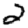
Digit: 2